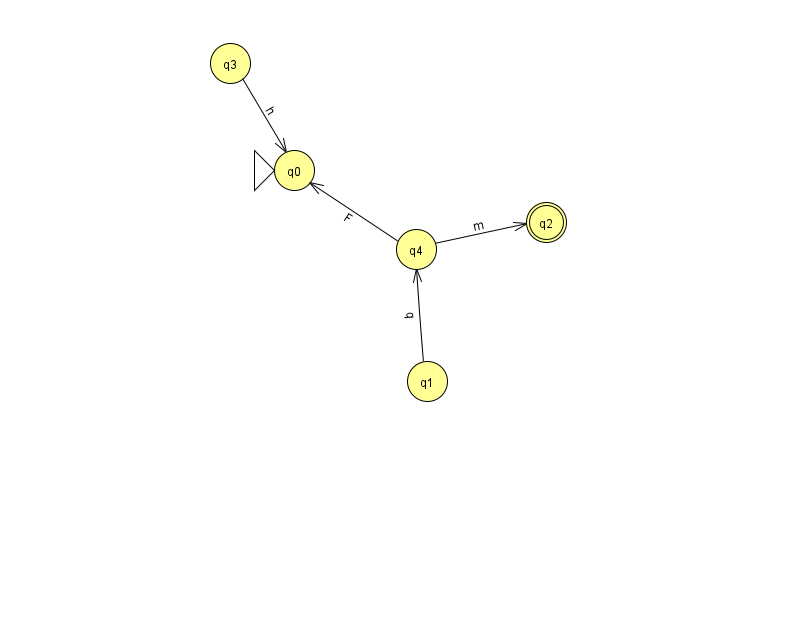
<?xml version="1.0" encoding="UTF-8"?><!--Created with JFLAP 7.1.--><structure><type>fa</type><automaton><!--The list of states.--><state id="0" name="q0"><x>294.0</x><y>157.0</y><initial/></state><state id="1" name="q1"><x>427.0</x><y>368.0</y></state><state id="2" name="q2"><x>546.0</x><y>209.0</y><final/></state><state id="3" name="q3"><x>230.0</x><y>50.0</y></state><state id="4" name="q4"><x>416.0</x><y>236.0</y></state><!--The list of transitions.--><transition><from>3</from><to>0</to><read>h</read></transition><transition><from>4</from><to>0</to><read>F</read></transition><transition><from>4</from><to>2</to><read>m</read></transition><transition><from>1</from><to>4</to><read>q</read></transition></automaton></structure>